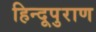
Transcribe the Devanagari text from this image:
हिन्दूपुराण